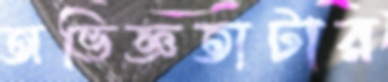
অভিজ্ঞতাটার